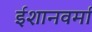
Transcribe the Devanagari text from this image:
ईशानवर्मा